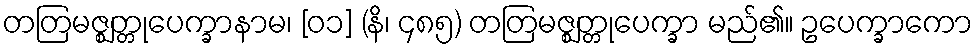
တတြမဇ္ဈတ္တုပေက္ခာနာမ၊ [၀၁] (နိ၊ ၄၈၅) တတြမဇ္ဈတ္တုပေက္ခာ မည်၏။ ဥပေက္ခာကော